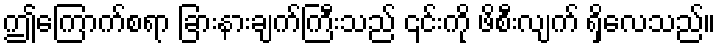
ဤကြောက်စရာ ခြားနားချက်ကြီးသည် ၎င်းကို ဖိစီးလျက် ရှိလေသည်။